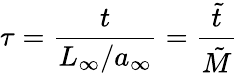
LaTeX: \tau=\frac{t}{L_{\infty}/a_{\infty}}=\frac{\tilde{t}}{\tilde{M}}